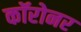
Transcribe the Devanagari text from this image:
कॉरोनर